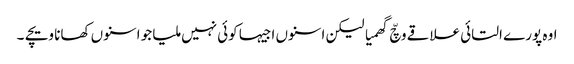
اوہ پورے التائی علاقے وچّ گھمیا لیکن اسنوں اجیہا کوئی نہیں ملیا جو اسنوں کھانا ویچے ۔